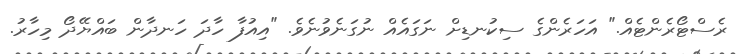
ރެސްޓޯރެންޓެއް." އަހަރެންގެ ސިކުނޑިށް ނަގައެއް ނުގަނެވުނެވެ. "އިއުފާ ހާދަ ހަނދާން ބައްޔޭދޯ މިހާރު.